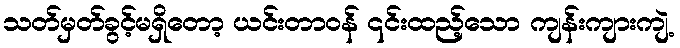
သတ်မှတ်ခွင့်မရှိတော့ ယင်းတာဝန် ၎င်းထည့်သော ကျန်းကျားကျဲ့